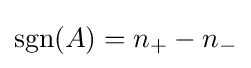
\mathrm {sgn} (A)=n_{+}-n_{-}